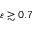
\varepsilon \gtrsim 0 . 7